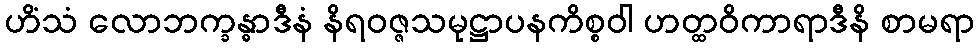
ဟိံသံ လောဘက္ခန္ဓာဒီနံ နိရဝဇ္ဇသမုဋ္ဌာပနကိစ္စဝါ ဟတ္ထဝိကာရာဒီနိ စာမရာ